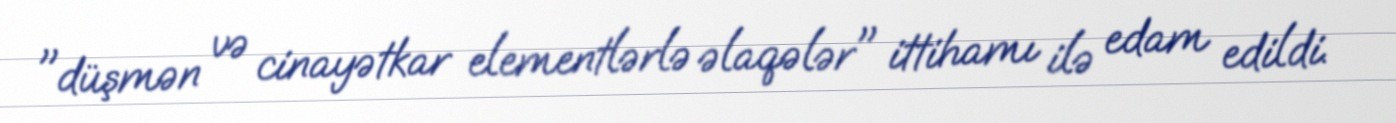
"düşmən və cinayətkar elementlərlə əlaqələr" ittihamı ilə edam edildi.